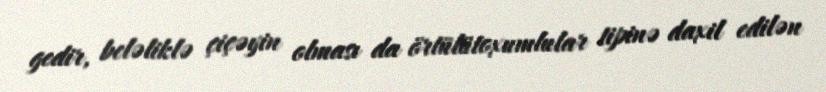
gedir, beləliklə çiçəyin olması da örtülütoxumlular tipinə daxil edilən